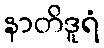
နာတိဒူရံ